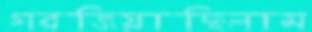
গরজিয়াছিলাম